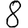
Digit: 8